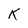
Character: K